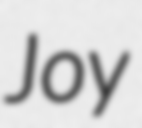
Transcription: Joy